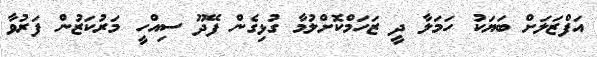
އަފްޒަލަށް ބަޔަކު ހަމަލާ ދީ ޒަހަމްކޮށްލުމާ ގުޅިގެން ފޭދޫ ސިއްހީ މަރުކަޒުން ފަރުވާ